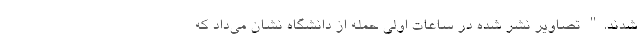
شدند." تصاویر نشر شده در ساعات اولی حمله از دانشگاه نشان می‌داد که